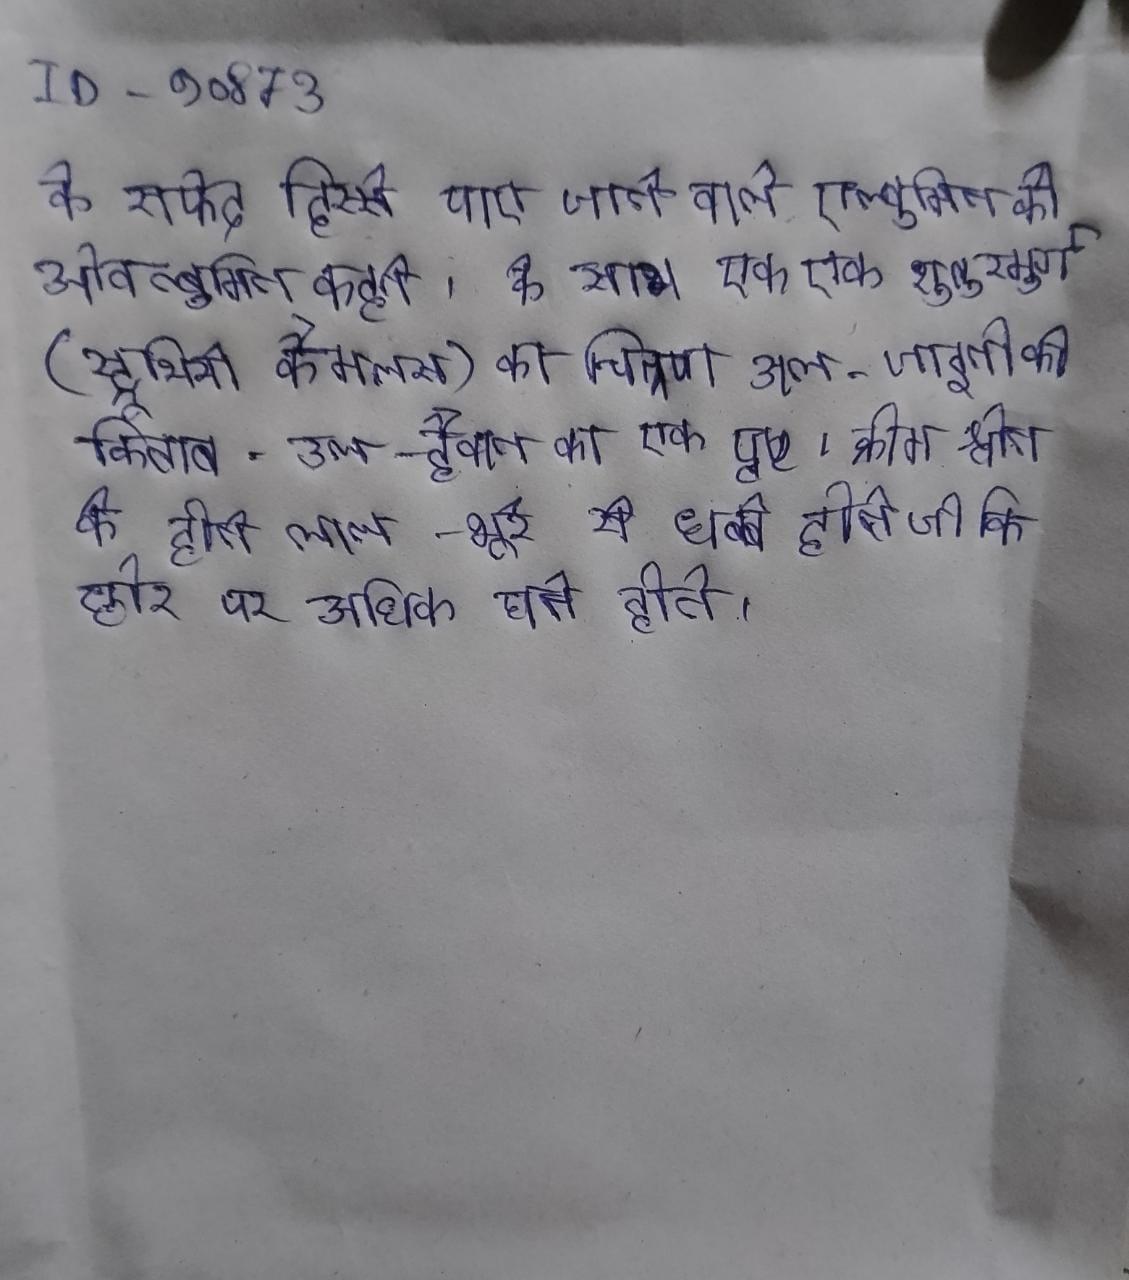
के सफेद हिस्से पाए जाने वाले एल्बुमिन को ओवल्बुमिन कहते । के साथ एक एक शुतुरमुर्ग (स्ट्रूथियो कैमलस) का चित्रण अल-जाइतो की किताब-उल-हैवान का एक पृष्ठ । क्रीम श्वेत के होते लाल-भूरे से धब्बे होते जो कि छोर पर अधिक घने होते ।